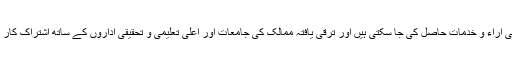
پاکستانی ریسرچ جرنلز کا معیار بلند کرنے کے لئے بین الاقوامی ماہرین کی آراء و خدمات حاصل کی جا سکتی ہیں اور ترقی یافتہ ممالک کی جامعات اور اعلیٰ تعلیمی و تحقیقی اداروں کے ساتھ اشتراک کار کے ذریعے سے بھی ہمارے ریسرچ جرنلز کا معیار بہتر کیا جا سکتا ہے۔